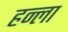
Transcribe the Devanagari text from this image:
हन्ला